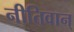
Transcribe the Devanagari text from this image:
नीतिवान्‌